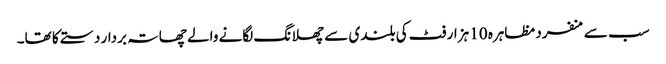
سب سے منفرد مظاہرہ 10 ہزار فٹ کی بلندی سے چھلانگ لگانے والے چھاتہ بردار دستے کا تھا۔